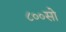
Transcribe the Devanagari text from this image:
८००सो